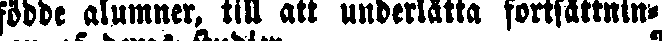
födde alumner, till att underlätta fortsättning-